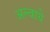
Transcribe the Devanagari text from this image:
अल्वाये